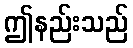
ဤနည်းသည်